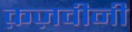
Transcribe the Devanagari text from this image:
क़ज़वीनी